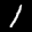
Label: 1